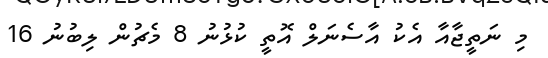
މި ނަތީޖާއާ އެކު އާސެނަލް އޮތީ ކުޅުނު 8 މެޗުން ލިބުނު 16